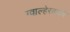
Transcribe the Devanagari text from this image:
ग्वाल्हेरकडचे